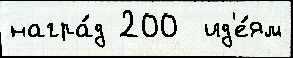
награ́д 200  ид'е́ям